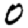
Digit: 0